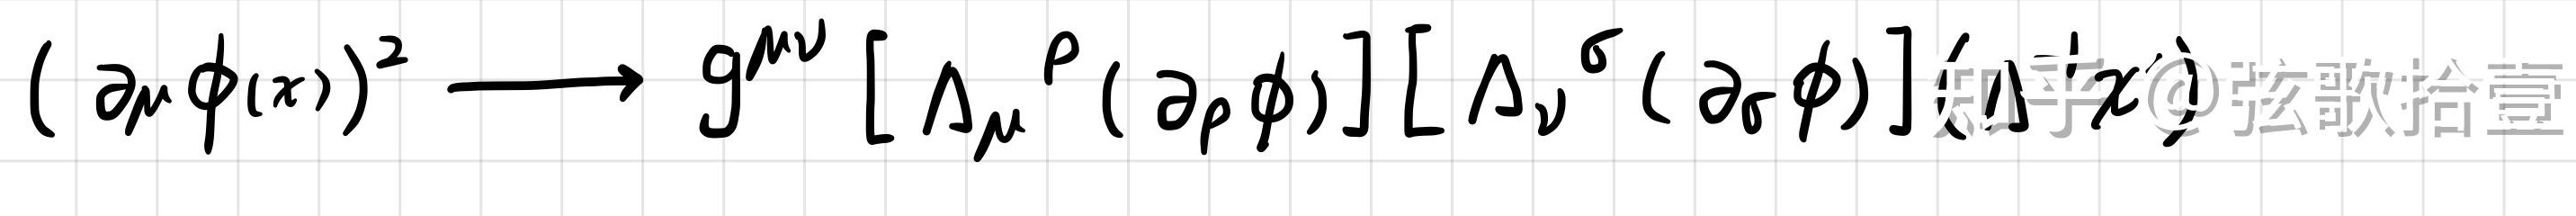
$(\partial_{\mu}\phi(x))^{2}\longrightarrow g^{\mu\nu}\left[\Lambda_{\mu}{}^{\rho}(\partial_{\rho}\phi)\right]\left[\Lambda_{\nu}{}^{\sigma}(\partial_{\sigma}\phi)\right]$